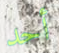
أحد